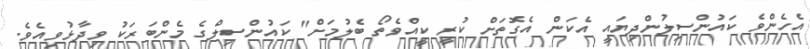
އެހެންވެ ކައުންސިލުންދިޔައީ އެކަން އެގޮތަށް ކުރީ ކީއްވެތޯ ބެލުމަށް" ކައުންސިލްގެ މެންބަރަކު ވިދާޅުވިއެވެ.